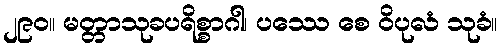
၂၉၀။ မတ္တာသုခပရိစ္စာဂါ၊ ပဿေ စေ ဝိပုလံ သုခံ။